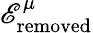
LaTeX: \mathscr{E}_{\mathrm{{removed}}}^{\mu}